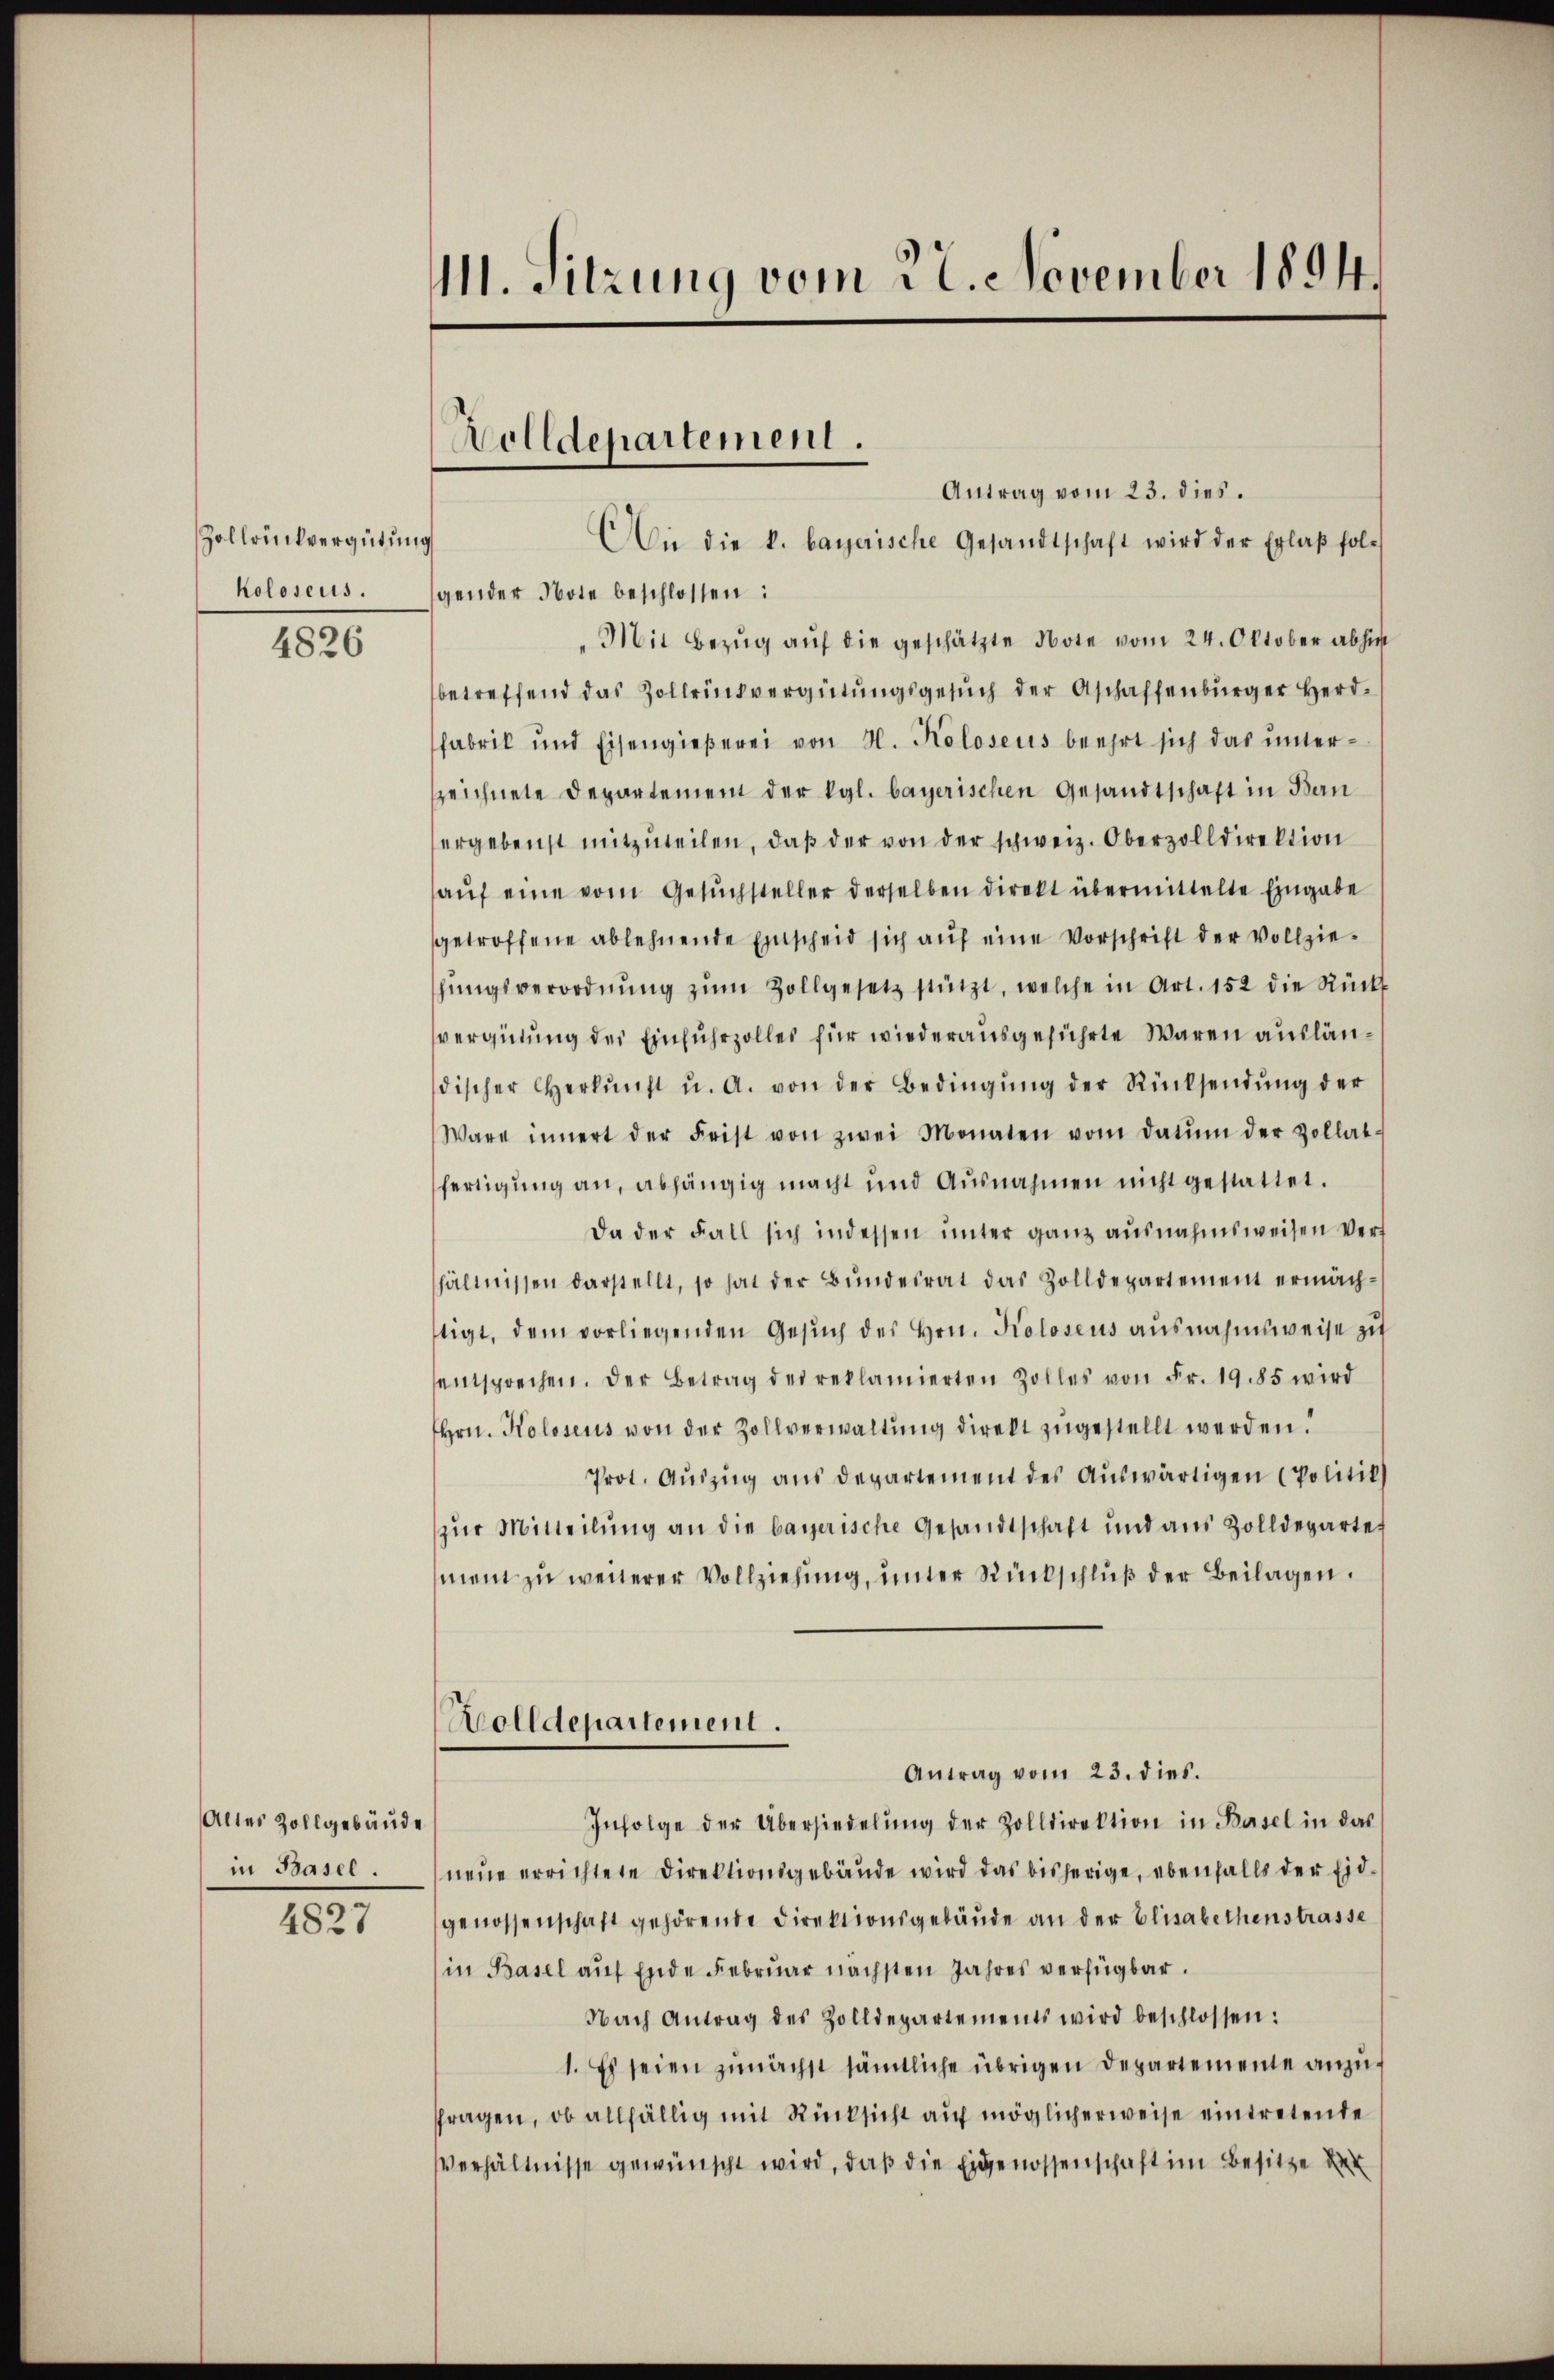
Zollrückvergütung
kolosens.

4826

Altes Zollgebäude
in Basel.

4827

11. Sitzung vom 22. November 1894.

Antrag vom 23. dies.
Die die k. bayerische Gesandtschaft wird der Erlaβ folg
gender Note beschlossen:
Mit Bezŭg aŭf die geschätzte Note vom 24. Oktober abhin
betreffend das Zollensvergütungsgesuch der Aschaffenbürger Herdfabrik und Eisengießerei von N. Kolosens beehrt sich das ŭnter-
zeichnete Departement der Kgl. bayerischen Gesandtschaft in Ban
ergebenst mitzŭteilen, daβ der von der schweiz. Oberzolldirektion
aŭf eine vom Gesŭchsteller derselben direkt übermittelte Eingabe
getroffene ablehnende Einscheid sich auf eine Vorschrift der Vollziehŭngsverordnŭng zŭm Zollgesetz stützt, welche in Art. 152 die Rück
vergütung des Einfuhrzolles für wiederausgeführte Waren ausländischer Herkŭnft u. A. von der Bedingŭng der Rücksendŭng der
Wäre innert der Frist von zwei Monaten vom Datum der Zollat-
fertigung an, abhängig macht und Ausnahmen nicht gestattet.
Da der Fall sich indessen unter ganz ausnahmsweisen Verf
hältnissen darstellt, so hat der Bŭndesrat das Zolldepartement ermächtigt, dem vorliegenden Gesŭch des Hrn. Kolosens ausnahmsweise zu
entsprechen. Der Betrag des reklamierten Zolles von Fr. 1985 wird
Hrn. Kolosens von der Zollverwaltung direkt zugestellt werden.
Prot. Aŭszŭg ans Departement des Auswärtigen (Politik)
zŭr Mitteilung an die bayerische Gesandtschaft und aus Zolldeparte
ment zu weiterer Vollziehung, unter Rückschluß der Beilagen.
Wolldepartement.
Antrag vom 23. dies.
Infolge der Übersiedelŭng der Zolldirektion in Basel in das
neue errichtete Direktionsgebäude wird das bisherige, ebenfalls der Eidgenossenschaft gehörende Direktionsgebäŭde an der Elisabethenstrasse
in Basel auf Ende Februar nächsten Jahres verfügbar.
Nach Antrag des Zolldepartements wird beschlossen:
1. Es seien zunächst sämtliche übrigen Departemente anzufragen, ob allfällig mit Rücksicht auf möglicherweise eintretende
Verhältnisse gewünscht wird, daß die Eigenossenschaft im Besitze der

Wolldepartement.